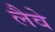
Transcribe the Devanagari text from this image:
लैवे